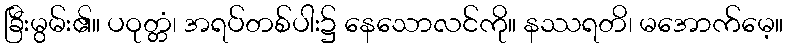
ခြီးမွမ်း၏။ ပဝုတ္တံ၊ အရပ်တစ်ပါး၌ နေသောလင်ကို။ နဿရတိ၊ မအောက်မေ့။